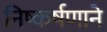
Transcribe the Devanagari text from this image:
निष्कर्षणाने